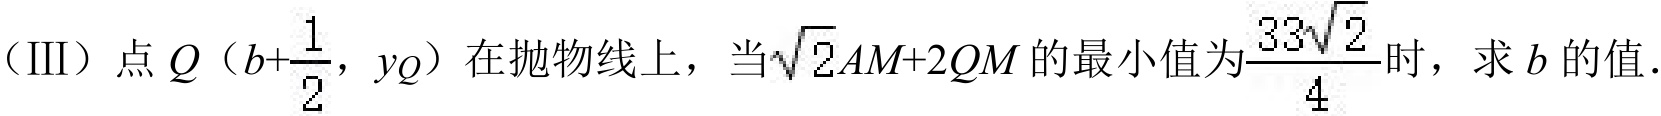
（Ⅲ）点\(Q\left(b + \dfrac{1}{2},y_Q\right)\)在抛物线上，当\(\sqrt{2}AM + 2QM\)的最小值为\(\dfrac{33\sqrt{2}}{4}\)时，求\(b\)的值.